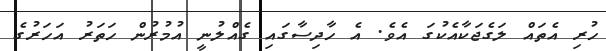
ހުރި އެތައް ލަގެޖަކާއެކުގަ އެވެ. އެ ހާދިސާގައި ގެއްލުނީ އުމުރުން ހަތަރު އަހަރުގެ